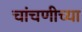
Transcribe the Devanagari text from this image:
चांचणीच्या